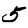
Digit: 5